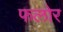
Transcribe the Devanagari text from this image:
फलोर